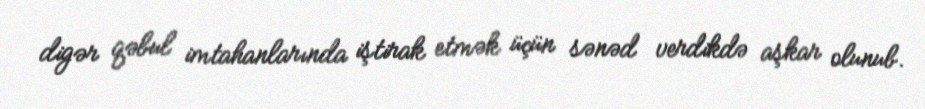
digər qəbul imtahanlarında iştirak etmək üçün sənəd verdikdə aşkar olunub.